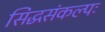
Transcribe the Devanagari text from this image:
सिद्धसंकल्पः